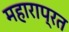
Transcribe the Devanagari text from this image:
महाराप्रत